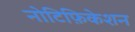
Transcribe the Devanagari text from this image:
नोटिफ़िकेशन